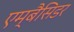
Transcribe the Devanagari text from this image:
एम्बैसिडर